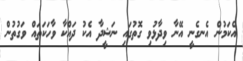
އެކަމުން އެނގެނީ އޭނާ ވިދާޅުވި ގޮތުގައި ނަޝީދާ އެކު ދައްކާ ވާހަކަތައް ވަގުތުން